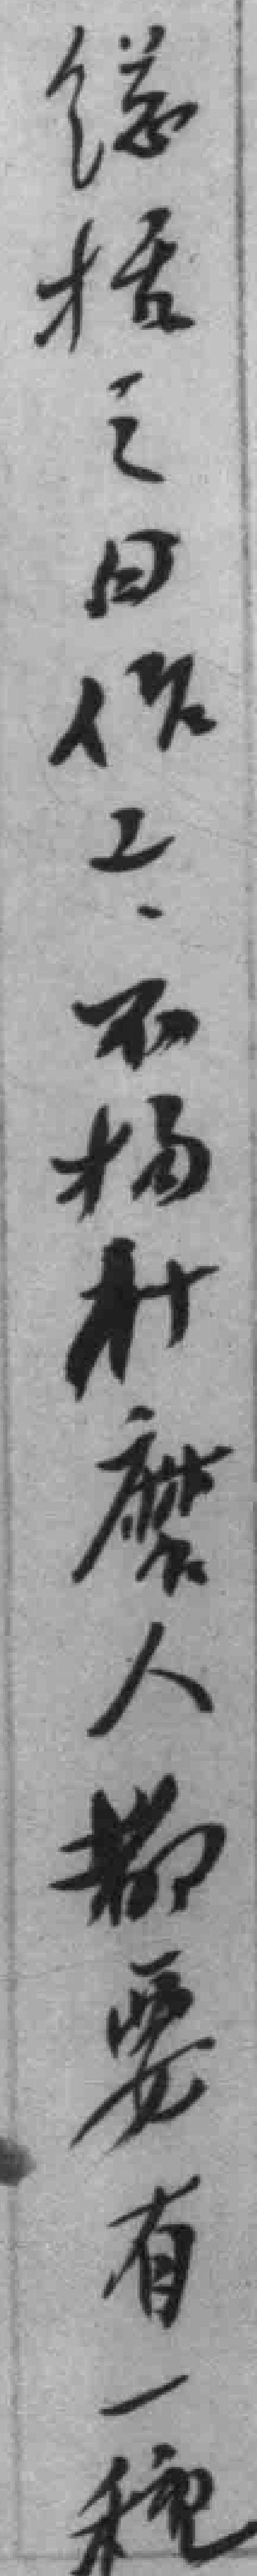
縂括之日作工不拘什麽人都要有一種